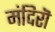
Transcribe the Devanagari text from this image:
मंदिरॊ